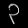
Digit: ၃